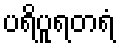
ပရိပူရတရံ